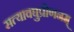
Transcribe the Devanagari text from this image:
सत्यावघुप्रीणनम्